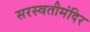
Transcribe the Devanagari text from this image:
सरस्वतीमंदिर